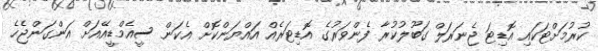
ކުރުމަށްޓަކައި އޮޑިޓަ ޖެނަރަލް ގަބޫލުކުރާ ފެންވަރުގެ އޮޑިޓަރެއް އައްޔަންކޮށް އެކަން ސީއެމްޑީއޭއަށް އަންގަންޖެހެ